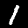
Digit: 1